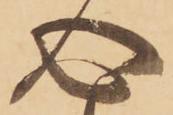
心